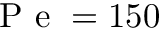
\mathrm { ~ P ~ e ~ } = 1 5 0